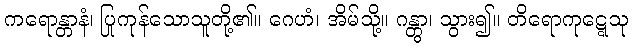
ကရောန္တာနံ၊ ပြုကုန်သောသူတို့၏။ ဂေဟံ၊ အိမ်သို့။ ဂန္တွာ၊ သွား၍။ တိရောကုဋ္ဋေသု